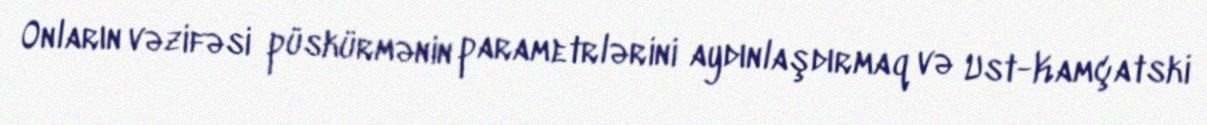
Onların vəzifəsi püskürmənin parametrlərini aydınlaşdırmaq və Ust-Kamçatski